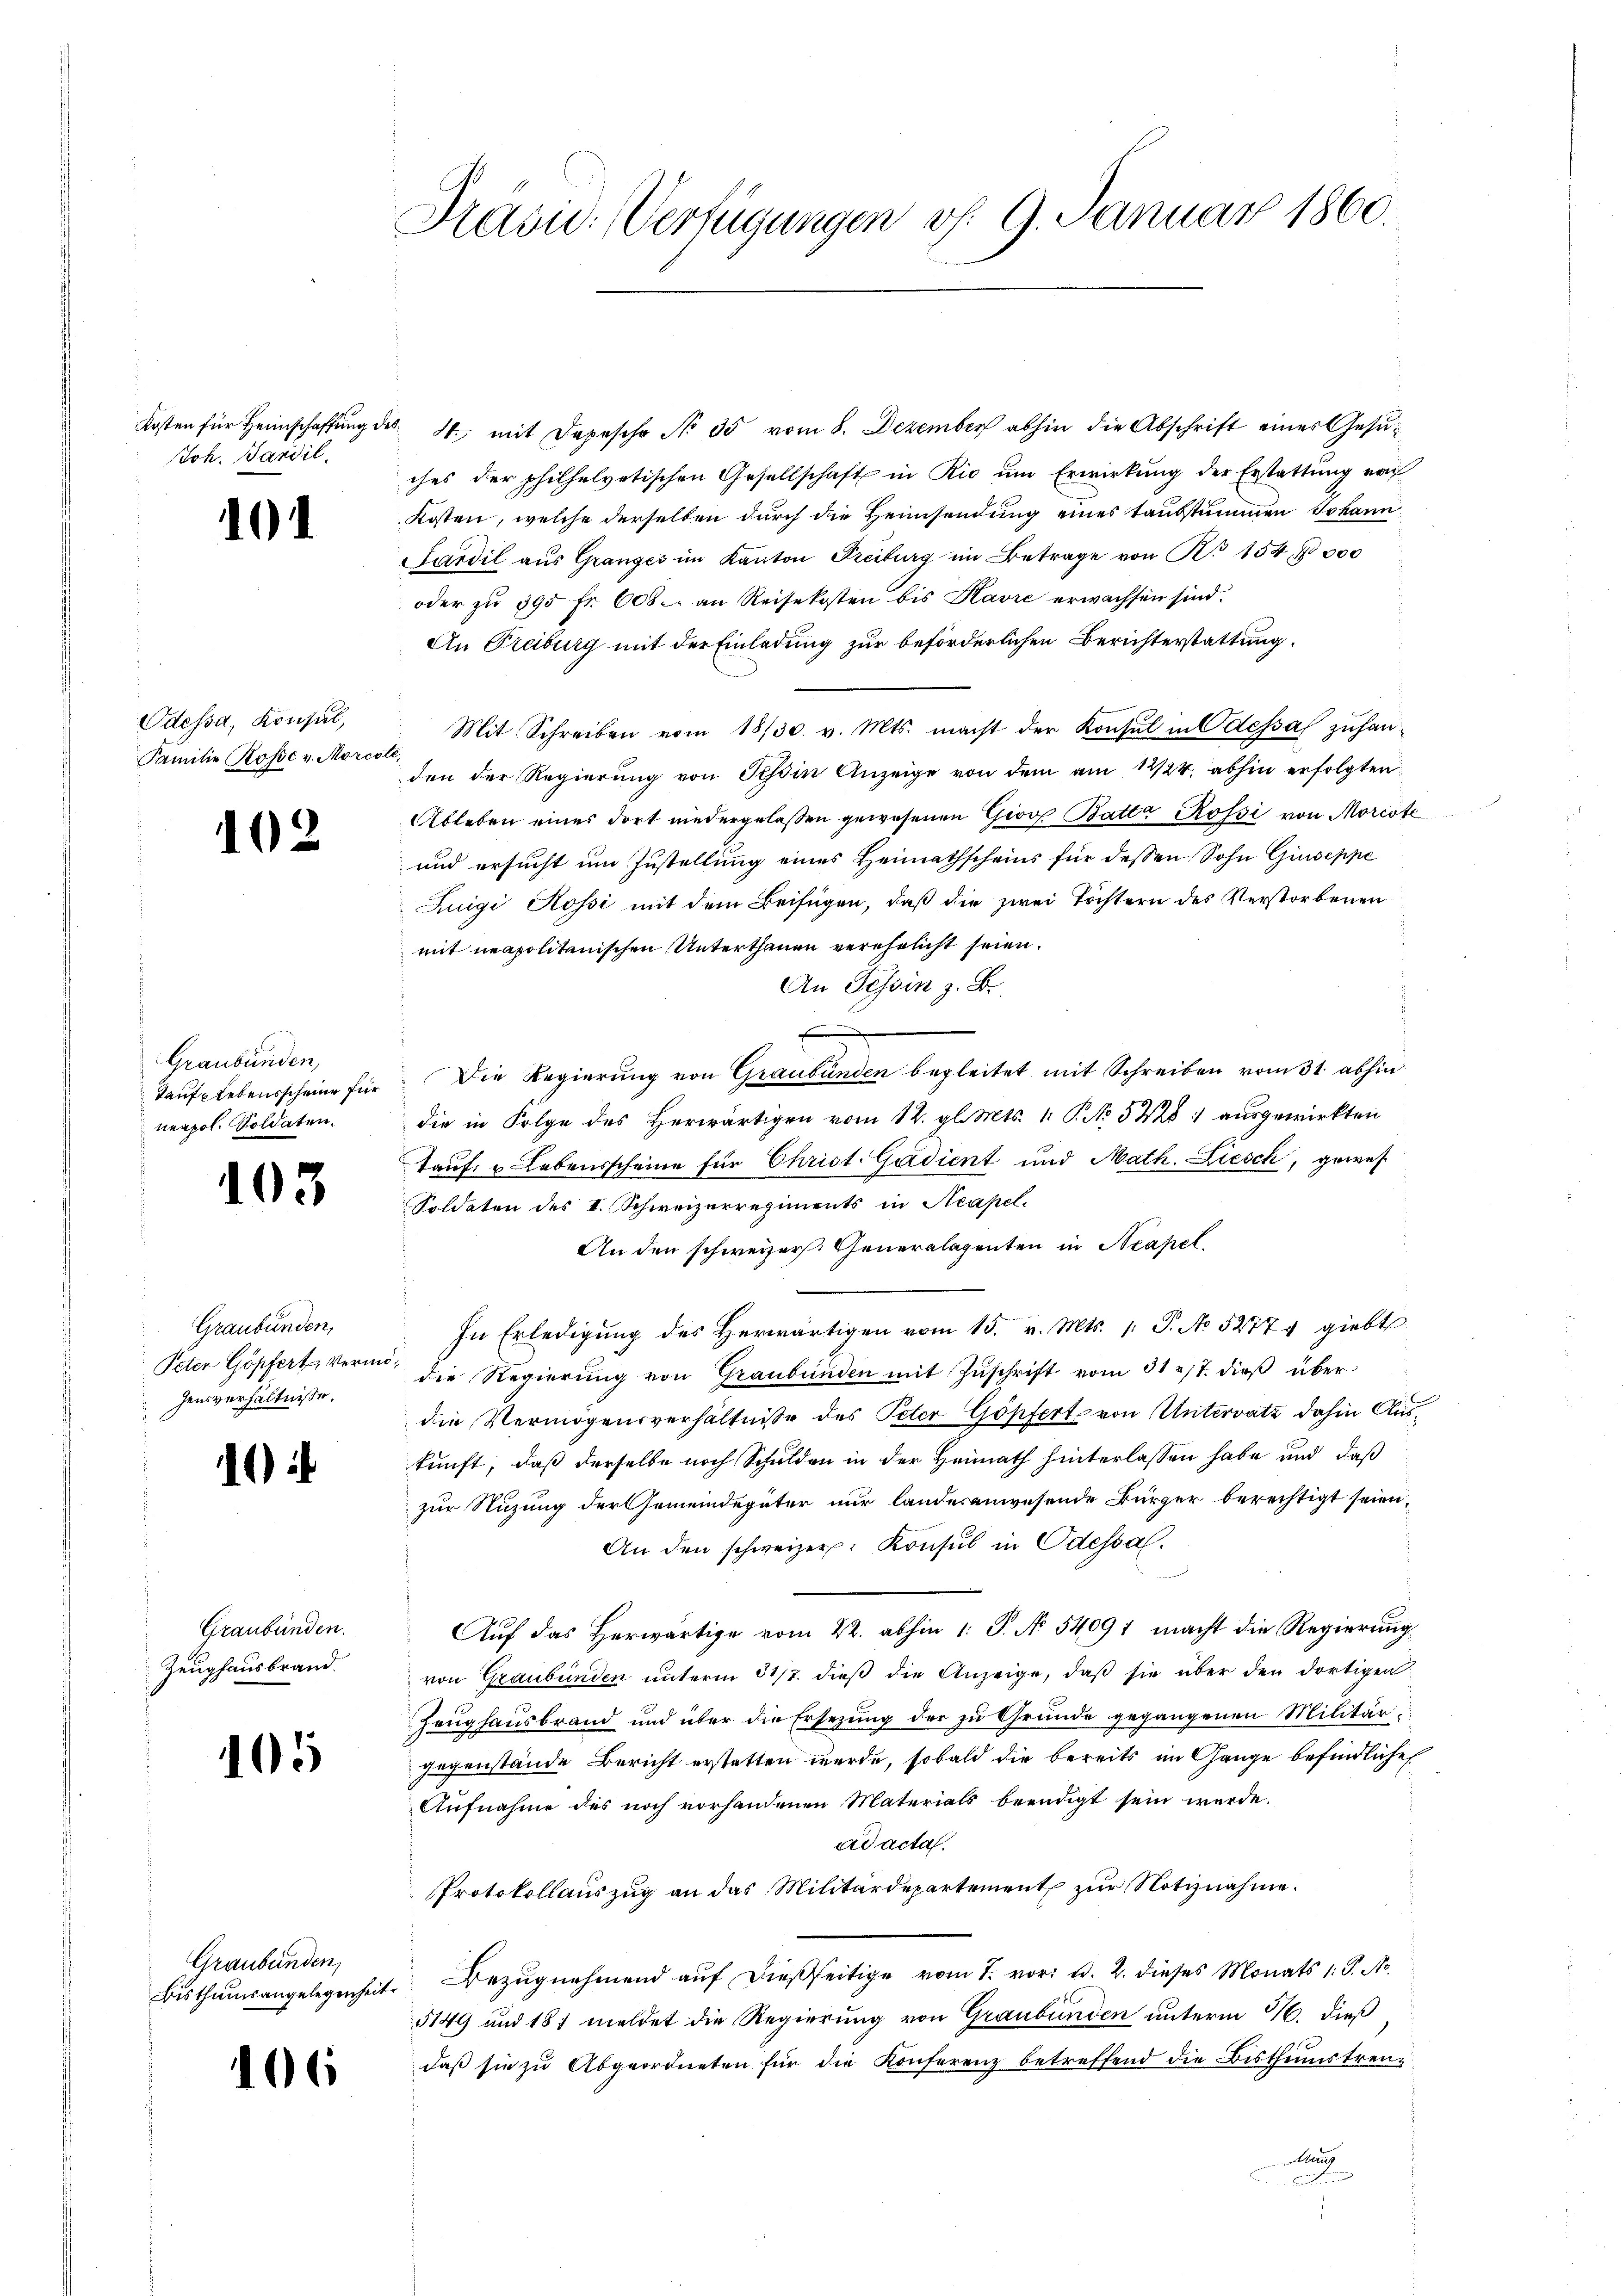
Joh. Sardil.

101

Odessa, Konsul,
Familie Rosse v. Morcote,

102

Graubünden,
nerpol. Soldaten.

103

Graubünden,
gensverhältnisse.

10)

Graubünden.
Zeughausbrand.

105

Graubünden,

106

Präsid. Verfügungen v. 9. Januar 1860.

Kosten für Heimschaffung des 4 mit Depescho No 35 vom 8. Dezember abhin die Abschrift einer Gesuches der philhelvetischen Gesellschaft in Rio um Erwirkung der Erstattung von
Kosten, welche derselben durch die Heimsendung eines taubstummen Johann
Sardil aus Granzes im Kanton Freiburg im Betrage von No 154 f 000
oder zŭ 395 fr. 608. an Reisekosten bis Kavre erwachsen sind.
An Freiburg mit der Einladung zur beförderlichen Berichterstattung.
Mit Schreiben vom 18/30. v. Mts. macht der Konsul in Odessa zuhanden der Regierŭng von Tessin Anzeige von dem am 12/24. abhin erfolgten
Ableben eines dort niedergelassen gewesenen Giov Batta Rossi von Morcote
und ersucht um Zustellung eines Heimathscheins für dessen Sohn Giuseppe
Luigi Rossi mit dem Beifügen, daß die zwei Töchtern des Verstorbenen
mit neapolitanischen Unterthanen verehelicht seien.
An Tessin z. B.
Tauflebensscheine für Die Regierung von Graubünden begleitet mit Schreiben vom 31. abhin
die in Folge des Herwärtigen vom 12. gl. Mts. 1 S. 548 : ausgewirkten
tauf- u Lebensscheine für Christ. Gudient und Math. Liesch, gewes
Soldaten des I. Schweizerregiments in Neapel.
An den schweizer. Generalagenten in Neapel
In Erledigung des herwärtigen vom 15. v. Mts. 1. P. No 5277 giebt
Peter Göpfert verme die Regierŭng von Graubünden mit Zŭschrift vom 31. 17. dieβ über
die Vermögensverhältnisse des Peter Göpfert von Untervatz dahin Auskunft, daß derselbe noch Schulden in der Heimath hinterlassen habe und daß
zur Nuzung der Gemeindegüter nur landeranwesende Bürger berechtigt seien,
An den schweizer. Konsul in Odessal.
Aŭf das herwärtige vom 22. abhin 1 S. N. 54091 macht die Regierŭng
von Graubünden unterm 31/7. dieß die Anzeige, daß sie über den dortigen
Zeughausbrand und über die Ersezung der zu Grunde gegangenen Militärgegenstände Bericht erstatten werde, sobald die bereits im Gange befindliche
Aufnahme des noch vorhandenen Materials beendigt sein werde.
ad acta.
Protokollauszug an das Militärdepartement zur Notiznahme.
Bisthumsangelegenheit. Bezŭgnehmend aŭf dießseitige vom 7. vor: d. 2. dieses Monats 1: P. Nr.
5149 und 181 meldet die Regierung von Graubünden unterm 16. dieß
daβ sie zu Abgeordneten für die Konferenz betreffend die Bisthumstreuung
e